Vaccination in Burma 1889-1999 - 1889-1999
Year: 1889
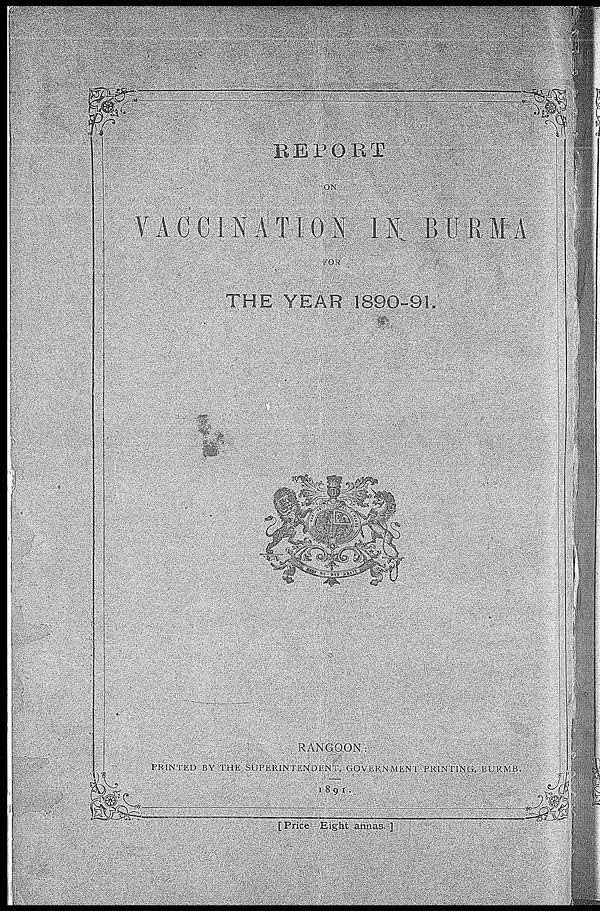
REPORT
ON
VACCINATION IN BURMA
FOR
THE YEAR 1890-91.
RANGOON:
PRINTED BY THE SUPERINTENDENT, GOVERNMENT PRINTING, BURMB.
1891.
[Price—Eight annas. ]